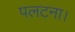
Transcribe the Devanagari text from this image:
पलटना।